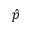
\hat { p }